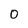
Character: O